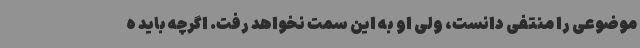
موضوعی را منتفی دانست، ولی او به این سمت نخواهد رفت. اگرچه باید ه